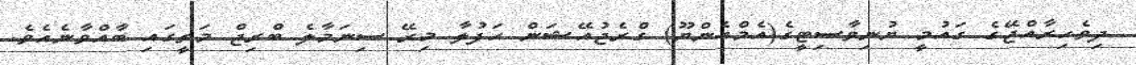
ދިވެހިރާއްޖޭގެ ގައުމީ ޔުނިވާސިޓީގެ(އެމްއެންޔޫ) ގްރެޖުއޭޝަން ހަފުލާ މިރޭ ސިނަމާލެ ބްރިޖް މަތީގައި ބާއްވާނެއެވެ.